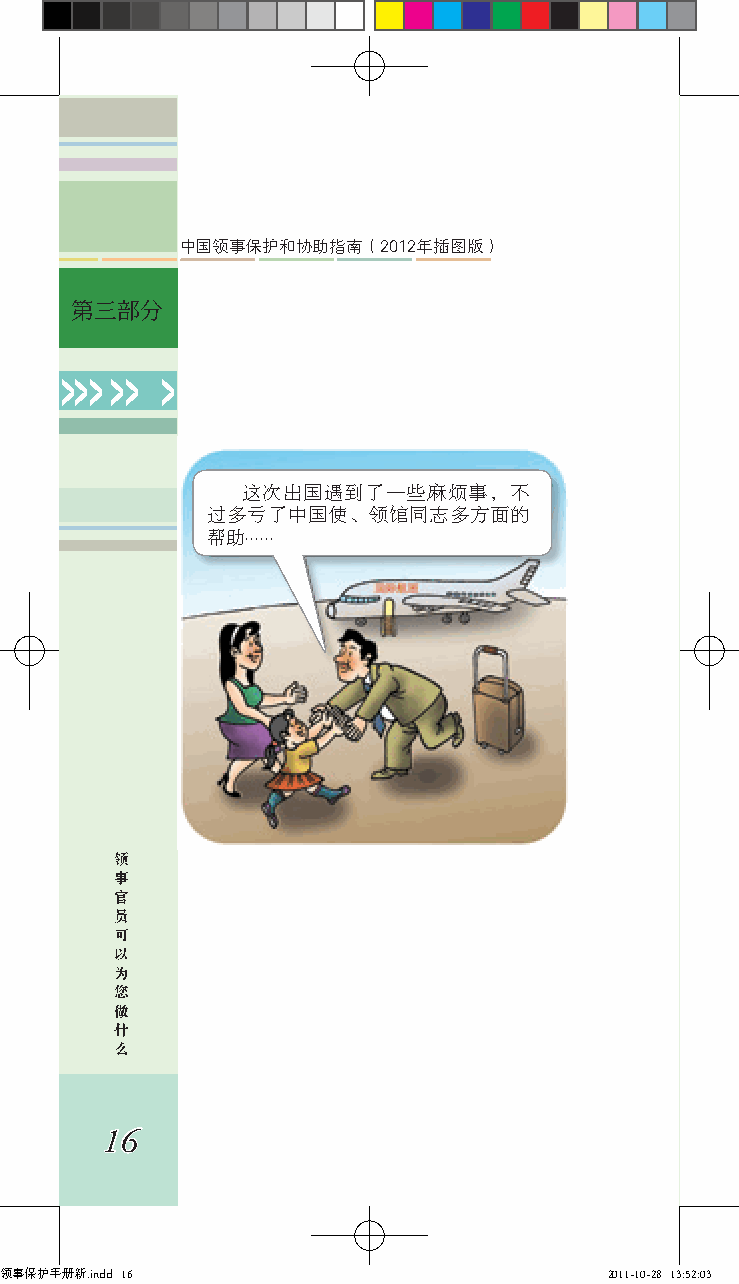
中国领事保护和协助指南（2012年插图版）
 第三部分
 >>> >> >
 这次出国遇到了一些麻烦事，不
 过多亏了中国使、领馆同志多方面的
 帮助......
 领
 事
 官
 员
 可
 以
 为
 您
 做
 什
 么
 16
 领事保护手册新.indd 16                         2011-10-28 13:52:03